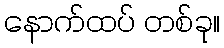
နောက်ထပ် တစ်ခု။